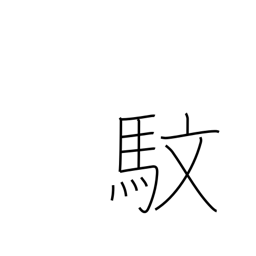
Meaning: zebra with yellow eyes and red mane